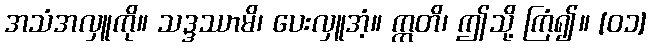
အသံအလှူကို။ သဒ္ဒဿာမိ၊ ပေးလှူအံ့။ ဣတိ၊ ဤသို့ ကြံ၍။ [၀၁]